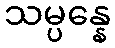
သမ္ပန္နေ